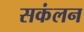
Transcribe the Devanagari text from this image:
सकंलन